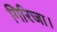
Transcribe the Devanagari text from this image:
गिरिजा।